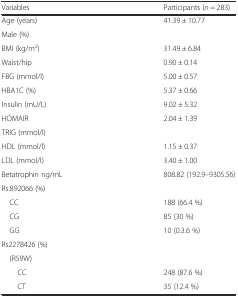
<table><thead><tr><td><b>Variables</b></td><td><b>Participants (<i>n</i> = 283)</b></td></tr></thead><tbody><tr><td>Age (years)</td><td>41.39 ± 10.77</td></tr><tr><td>Male (%)</td><td>[EMPTY_CELL]</td></tr><tr><td>BMI (kg/m<sup>2</sup>)</td><td>31.49 ± 6.84</td></tr><tr><td>Waist/hip</td><td>0.90 ± 0.14</td></tr><tr><td>FBG (mmol/l)</td><td>5.00 ± 0.57</td></tr><tr><td>HBA1C (%)</td><td>5.37 ± 0.66</td></tr><tr><td>Insulin (mU/L)</td><td>9.02 ± 5.32</td></tr><tr><td>HOMAIR</td><td>2.04 ± 1.39</td></tr><tr><td>TRIG (mmol/l)</td><td>[EMPTY_CELL]</td></tr><tr><td>HDL (mmol/l)</td><td>1.15 ± 0.37</td></tr><tr><td>LDL (mmol/l)</td><td>3.40 ± 1.00</td></tr><tr><td>Betatrophin ng/mL</td><td>808.82 (192.9–9305.56)</td></tr><tr><td>Rs.892066 (%)</td><td>[EMPTY_CELL]</td></tr><tr><td> CC</td><td>188 (66.4 %)</td></tr><tr><td> CG</td><td>85 (30 %)</td></tr><tr><td> GG</td><td>10 (0.3.6 %)</td></tr><tr><td>Rs2278426 (%)</td><td>[EMPTY_CELL]</td></tr><tr><td> (R59W)</td><td>[EMPTY_CELL]</td></tr><tr><td>CC</td><td>248 (87.6 %)</td></tr><tr><td>CT</td><td>35 (12.4 %)</td></tr></tbody></table>